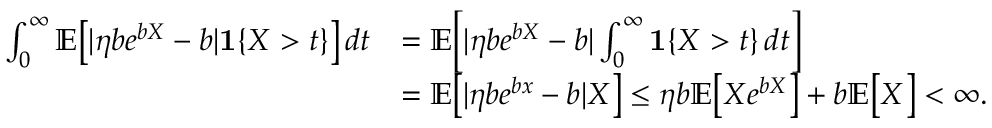
\begin{array} { r l } { \int _ { 0 } ^ { \infty } \mathbb { E } \big [ | \eta b e ^ { b X } - b | \mathbf { 1 } \{ X > t \} \big ] \, d t } & { = \mathbb { E } \Big [ | \eta b e ^ { b X } - b | \int _ { 0 } ^ { \infty } \mathbf { 1 } \{ X > t \} \, d t \Big ] } \\ & { = \mathbb { E } \big [ | \eta b e ^ { b x } - b | X \big ] \leq \eta b \mathbb { E } \big [ X e ^ { b X } \big ] + b \mathbb { E } \big [ X \big ] < \infty . } \end{array}